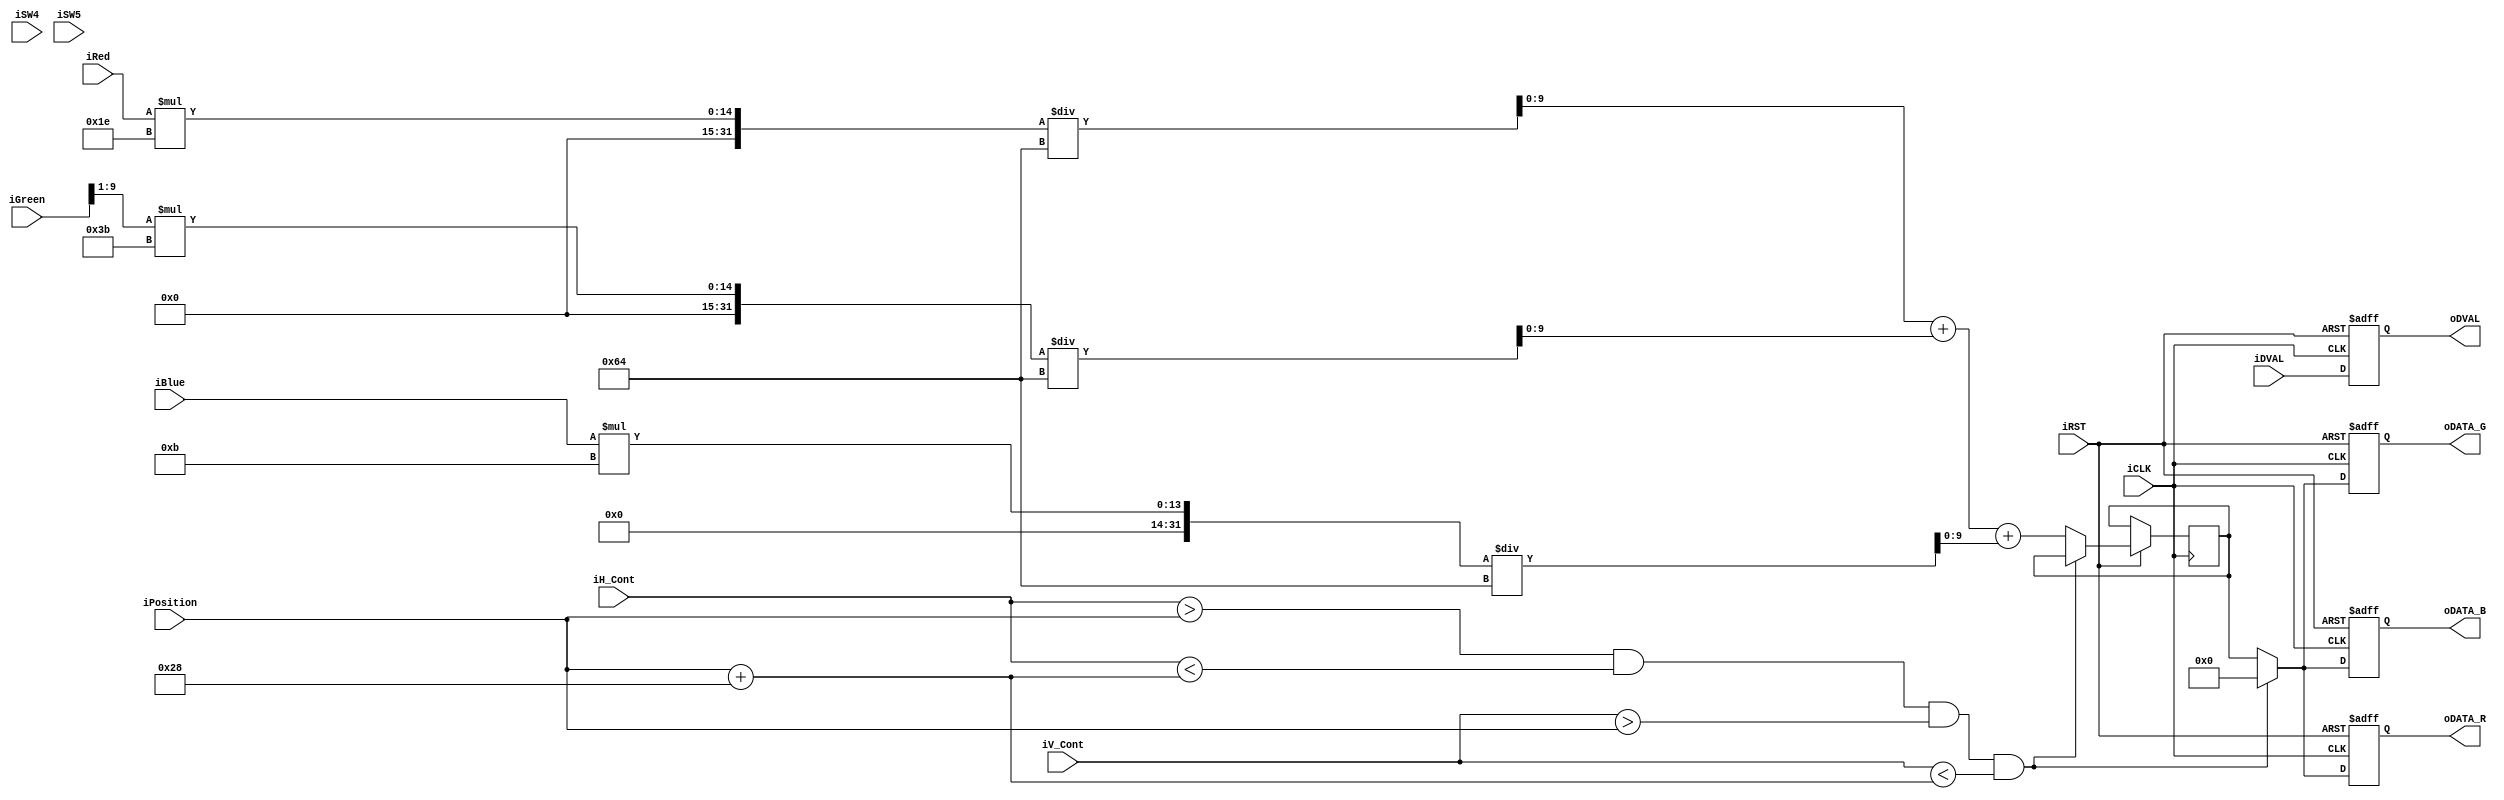
module TESTMODULE(
        oDVAL,
        oDATA_R,
		  oDATA_G,
		  oDATA_B,
		  iH_Cont,
		  iV_Cont,
		  iSW4,
		  iSW5,
        iRed,
        iGreen,
        iBlue,
        iCLK,
        iRST,
        iDVAL,
		  iPosition
		  
		);
input			iDVAL;
input			iCLK;
input			iRST;

input		[12:0]	iH_Cont;
input		[12:0]	iV_Cont;

output reg[9:0]	oDATA_R;
output reg[9:0]	oDATA_G;
output reg[9:0]	oDATA_B;
output reg		oDVAL;

input iSW4;
input iSW5;

input		[9:0]	iRed;
input		[9:0]	iGreen;
input		[9:0]	iBlue;

reg [9:0]grayscale;
input 	[15:0] iPosition;


always@(posedge iCLK or negedge iRST)
begin
  if(!iRST)
    begin
	  oDVAL   <= 0;
     oDATA_R   <= 10'b0;
	  oDATA_G   <= 10'b0;
	  oDATA_B   <= 10'b0;
    end
  else
	  begin
	  
		//if(iH_Cont > 10'b0000001111 && iH_Cont < 10'b1010000000) begin
  
  
			if(iH_Cont > iPosition && iH_Cont < iPosition + 16'd40 && iV_Cont > iPosition && iV_Cont < iPosition + 16'd40)
				begin
				oDVAL   <= iDVAL;
				oDATA_R <= 9'b0;
				oDATA_G <= 9'b0;
				oDATA_B <= 9'b0;
				end
				
				else
				
				begin 
				oDVAL   <= iDVAL;
				grayscale <= ((iRed[9:0] * 30) /100) + ((iGreen[9:1] * 59)/100) + ((iBlue[9:0] * 11)/100);
				oDATA_R   <= grayscale[9:0];
				oDATA_G   <= grayscale[9:0];
				oDATA_B   <= grayscale[9:0];
				end
				
				//end
				
//				else begin
//				
//				oDVAL   <= iDVAL;
//				oDATA_R   <= 0;
//				oDATA_G   <= 0;
//				oDATA_B   <= 0;
//				end
				
		end
				
end
endmodule